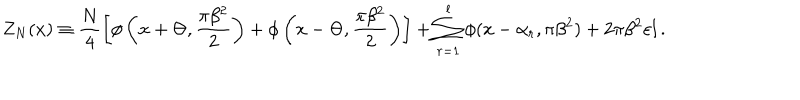
LaTeX: Z _ { N } ( x ) \equiv \frac { N } { 4 } \left[ \phi \left( x + \Theta , \frac { \pi \beta ^ { 2 } } { 2 } \right) + \phi \left( x - \Theta , \frac { \pi \beta ^ { 2 } } { 2 } \right) \right] + \sum _ { r = 1 } ^ { l } \phi ( x - \alpha _ { r } , \pi \beta ^ { 2 } ) + 2 \pi \beta ^ { 2 } \varepsilon l \, .